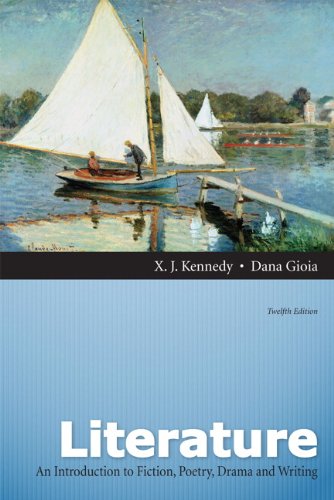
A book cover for Literature: An Introduction to Fiction, Poetry, Drama, and Writing, 12th Edition; X. J. Kennedy; Literature & Fiction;